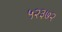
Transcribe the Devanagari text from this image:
५२३७२